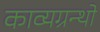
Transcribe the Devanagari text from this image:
काव्यग्रन्थो